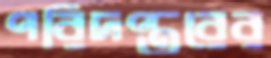
পরিদপ্তরের